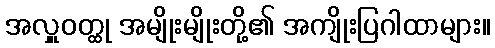
အလှူဝတ္ထု အမျိုးမျိုးတို့၏ အကျိုးပြဂါထာများ။